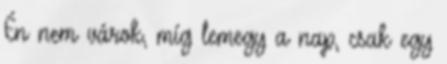
Én nem várok, míg lemegy a nap, csak egy